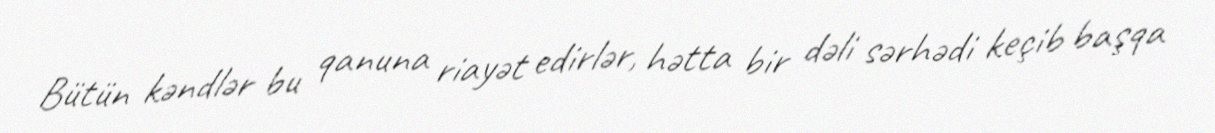
Bütün kəndlər bu qanuna riayət edirlər, hətta bir dəli sərhədi keçib başqa